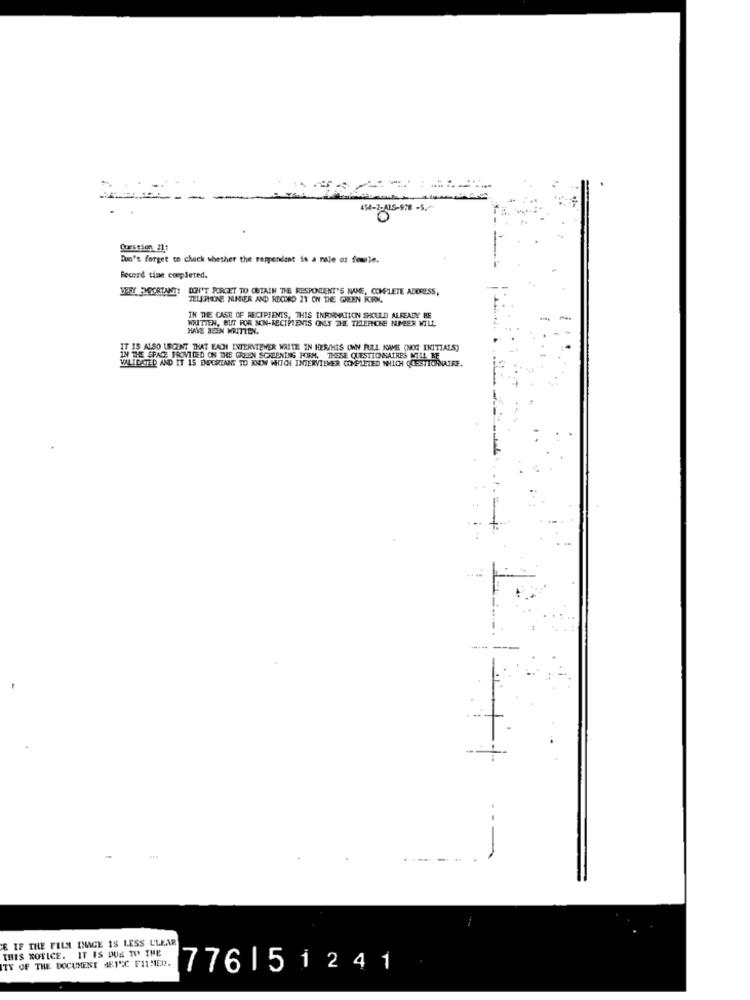
454-2-415-978 -5."
Question 21:
Don't forget to check whether the rempendant is a nale or female.
Record tine completed.
YEPY ENSORTANT: DON'T FORGET TO OBTAIN THE RESPONDENT'S NAME, COMPLETE ADORESS,
TELEPIENE NHIER AND RECORD IT ON THE GREEN KORN.
WRITTEN, BUT FOR NON-RECIPIENTS ONLY THE THERICHE NMER VILL
IN THE CASE OF RECIPIENTS, THIS INFORMATION SHOULD ALREADY FE
HAVE BEEN WRITTEN.
150 URGENT THAT EACHI INTERVIEWER WAITE IN HER/HIS OWN FULL NAME (NOG INITIALS)
IN THE SPACE PROVIDED ON THE GREEN SCREENING HOISM, THESE QUESTIONNAIRES WILL BE
VALIDATED AND IT 15 IMPORTANT TO KNOW WHICH INTERVIEVER COMPLETED WHICH QUESTIONNAIRE.
----
--
& IF THE FILM INAGE IS LESS CLEAR
THIS NOTICE. IT IS DUE TO THE
TY OF THE DOCUMENT 481"C FILMED.
776151241